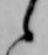
候